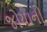
જોયાનો